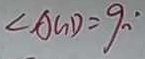
\angle A G D = 9 0 ^ { \circ }